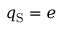
q _ { \mathrm { S } } = e